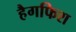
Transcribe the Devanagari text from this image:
हैगफिश